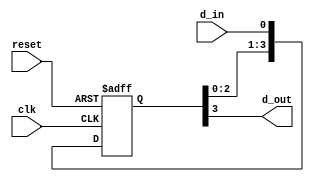
module synchronizer(
    input wire clk,        // Clock signal
    input wire reset,      // Reset signal
    input wire d_in,       // Input signal to be synchronized
    output reg d_out       // Synchronized output signal
);

reg [3:0] d_ff;            // Array to store the output of each flip-flop

always @(posedge clk or posedge reset) begin
    if (reset) begin
        d_ff <= 4'b0000;   // Reset all flip-flops to 0
    end else begin
        d_ff <= {d_ff[2:0], d_in};  // Shift input through flip-flops
    end
end

assign d_out = d_ff[3];    // Output of the last flip-flop

endmodule